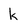
Character: k